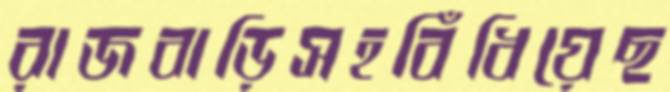
রাজবাড়িসহবিঁধিয়েছ